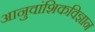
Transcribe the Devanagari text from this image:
आनुवांशिकविज्ञान